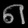
Digit: ၈